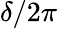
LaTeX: \delta/2\pi